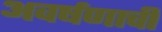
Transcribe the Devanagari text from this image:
अवर्षणाची